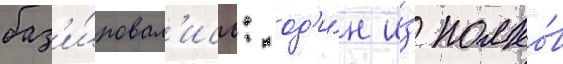
баз'и́ровал'ись: од'и́н и́з полко́в